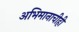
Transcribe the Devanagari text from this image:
अभिमानाचीही